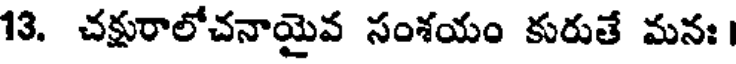
13. చక్షురాలోచనాయైవ సంశయం కురుతే మనః ।